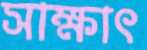
সাক্ষাৎ